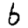
Digit: 6